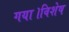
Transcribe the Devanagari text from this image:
गया।विशेष